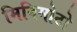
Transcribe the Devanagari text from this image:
मिनिमोटो